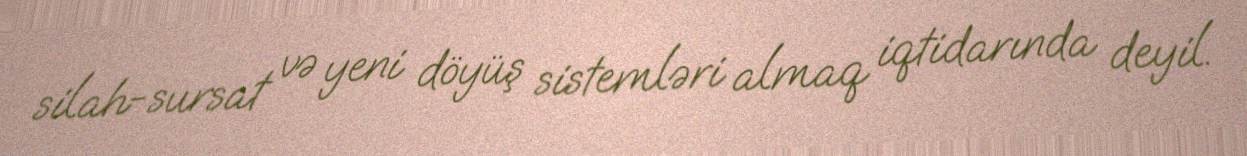
silah-sursat və yeni döyüş sistemləri almaq iqtidarında deyil.